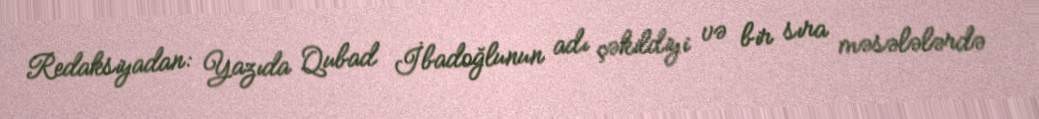
Redaksiyadan: Yazıda Qubad İbadoğlunun adı çəkildiyi və bir sıra məsələlərdə